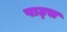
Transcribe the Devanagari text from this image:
पाट्स